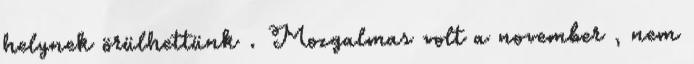
helynek örülhettünk . Mozgalmas volt a november , nem